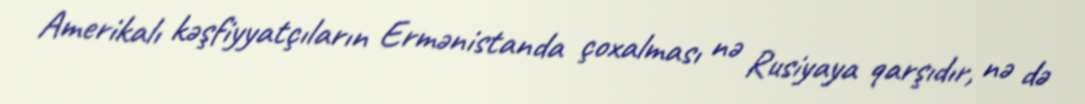
Amerikalı kəşfiyyatçıların Ermənistanda çoxalması nə Rusiyaya qarşıdır, nə də